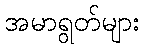
အမာရွတ်များ